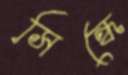
সিন্ধে